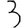
Digit: 3